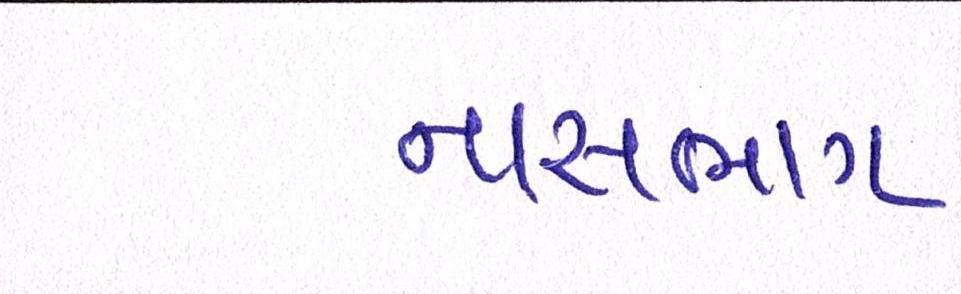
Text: નાસભાગ